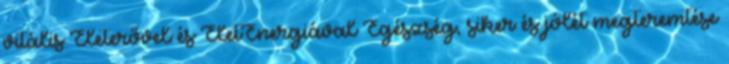
vitális Életerővel és ÉletEnergiával Egészség, siker és jólét megteremtése